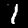
Label: 1